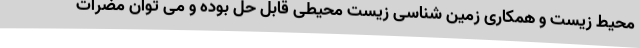
محیط زیست و همکاری زمین شناسی زیست محیطی قابل حل بوده و می توان مضرات